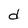
Character: d